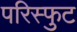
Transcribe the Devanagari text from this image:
परिस्फुट